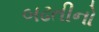
બઢતીનો